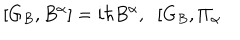
\lbrack G _ { B } , B ^ { \alpha } ] = i \hbar B ^ { \alpha } , \; \; [ G _ { B } , \Pi _ { \alpha }